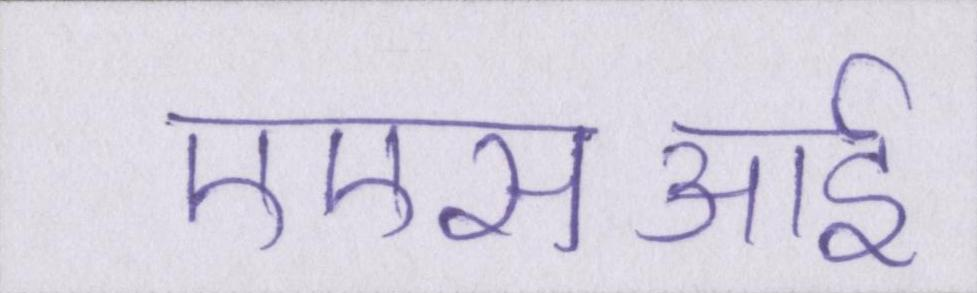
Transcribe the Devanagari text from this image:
एएसआई